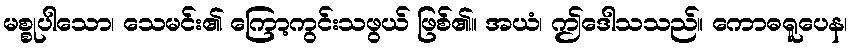
မစ္စုပါသော၊ သေမင်း၏ ကြော့ကွင်းသဖွယ် ဖြစ်၏။ အယံ၊ ဤဒေါသသည်။ ကောဓရူပေန၊